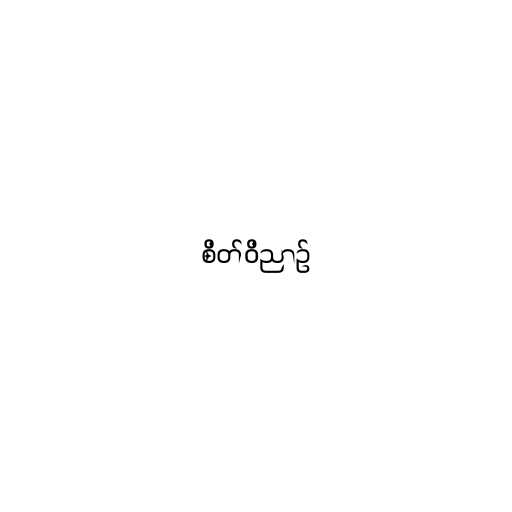
စိတ်ဝိညာဉ်